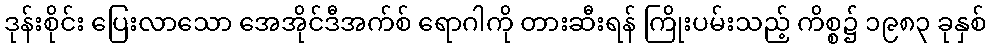
ဒုန်းစိုင်း ပြေးလာသော အေအိုင်ဒီအက်စ် ရောဂါကို တားဆီးရန် ကြိုးပမ်းသည့် ကိစ္စ၌ ၁၉၈၃ ခုနှစ်